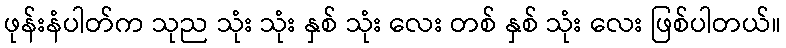
ဖုန်းနံပါတ်က သုည သုံး သုံး နှစ် သုံး လေး တစ် နှစ် သုံး လေး ဖြစ်ပါတယ်။